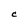
Character: C